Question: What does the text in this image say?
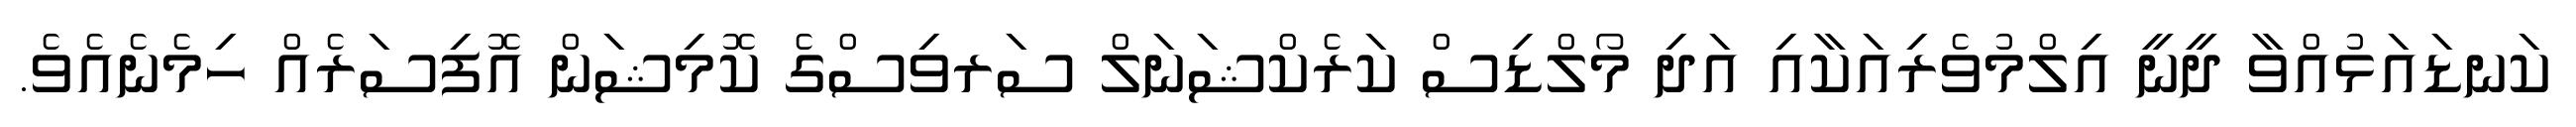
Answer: ކަނޑައަޅުއްވާ ދީނީ އިލްމުވެރިއަކާއި އަދި މޯލްޑިސް ކަރެކްޝަނަލް ސަރވިސްގެ ކޮމިޝަން އޮފިސަރެއް ހިމެނެއެވެ.